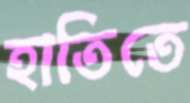
হাতিতে